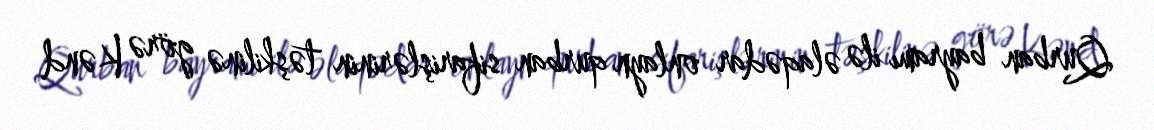
Qurban bayramı ilə əlaqədar onlayn qurban sifarişlərinin təşkilinə görə Kənd